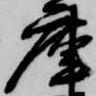
庫